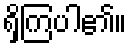
ရှိကြပါ၏။